Indian journal of veterinary science and animal husbandry - Volume 1,
Year: 1931
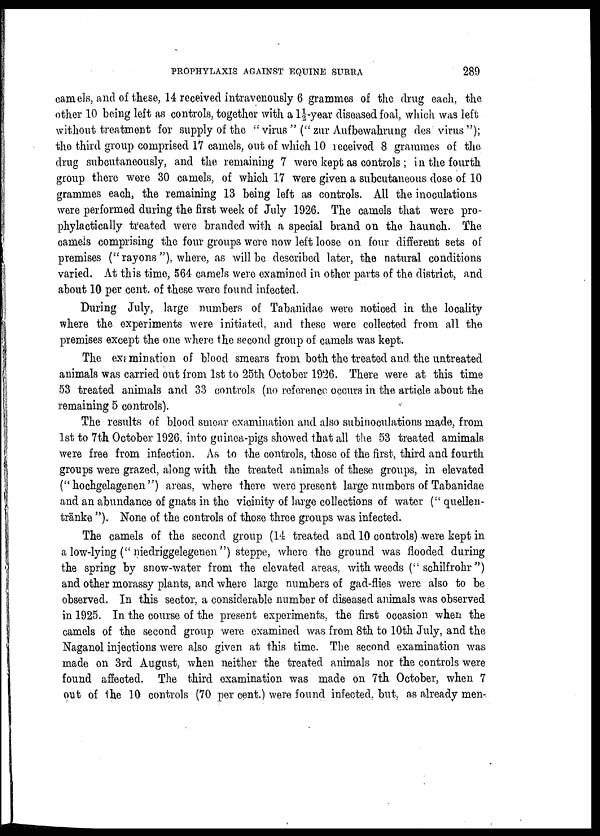
PROPHYLAXIS AGAINST EQUINE SURRA
289
camels, and of these, 14 received intravenously 6 grammes of the drug each, the
other 10 being left as controls, together with a 1½ year diseased foal, which was left
without treatment for supply of the " virus" ("zur Aufbewahrung des virus");
the third group comprised 17 camels, out of which 10 received 8 grammes of the
drug subcutaneously, and the remaining 7 were kept as controls ; in the fourth
group there were 30 camels, of which 17 were given a subcutaneous dose of 10
grammes each, the remaining 13 being left as controls. All the inoculations
were performed during the first week of July 1926. The camels that were pro-
phylactically treated were branded with a special brand on the haunch. The
camels comprising the four groups were now left loose on four different sets of
premises ("rayons"), where, as will be described later, the natural conditions
varied. At this time, 564 camels were examined in other parts of the district, and
about 10 per cent. of these were found infected.
During July, large numbers of Tabanidae were noticed in the locality
where the experiments were initiated, and these were collected from all the
premises except the one where the second group of camels was kept.
The examination of blood smears from both the treated and. the untreated
animals was carried out from 1st to 25th October 1926. There were at this time
53 treated animals and 33 controls (no reference occurs in the article about the
remaining 5 controls).
The results of blood smear examination and also subinoculations made, from
1st to 7th October 1926, into guinea-pigs showed that all the 53 treated amimals
were free from infection. As to the controls, those of the first, third and fourth
groups were grazed, along with the treated animals of these groups, in elevated
("hochgelagenen") areas, where there were present large numbers of Tabanidae
and an abundance of gnats in the vicinity of large collections of water (" quellen¬
tränke "). None of the controls of those three groups was infected.
The camels of the second group (14 treated and 10 controls) were kept in
a low-lying (" niedriggelegenen") steppe, where the ground was flooded during
the spring by snow-water from the elevated areas, with weeds (" schilfrohr")
and other morassy plants, and where large numbers of gad-flies were also to be
observed. In this sector, a considerable number of diseased animals was observed
in 1925. In the course of the present experiments, the first occasion when the
camels of the second group were examined was from 8th to 10th July, and the
Naganol injections were also given at this time. The second examination was
made on 3rd August, when neither the treated animals nor the controls were
found affected. The third examination was made on 7th October, when 7
out of the 10 controls (70 per cent.) were found infected, but, as already men-